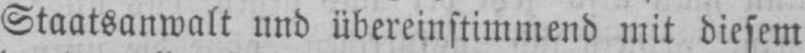
Staatsanwalt und übereinstimmend mit diesem